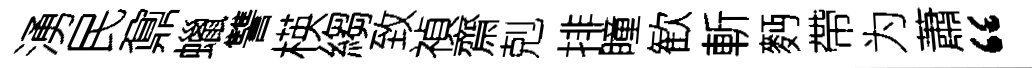
湧民鼐蠟讐楧縐致禎齋剋排瞳歓斬麪帶为蕭“